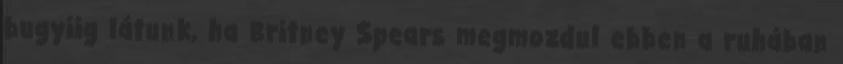
bugyiig látunk, ha Britney Spears megmozdul ebben a ruhában